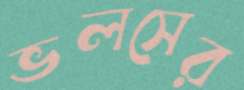
ভলসের